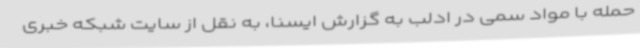
حمله با مواد سمی در ادلب به گزارش ایسنا، به نقل از سایت شبکه خبری